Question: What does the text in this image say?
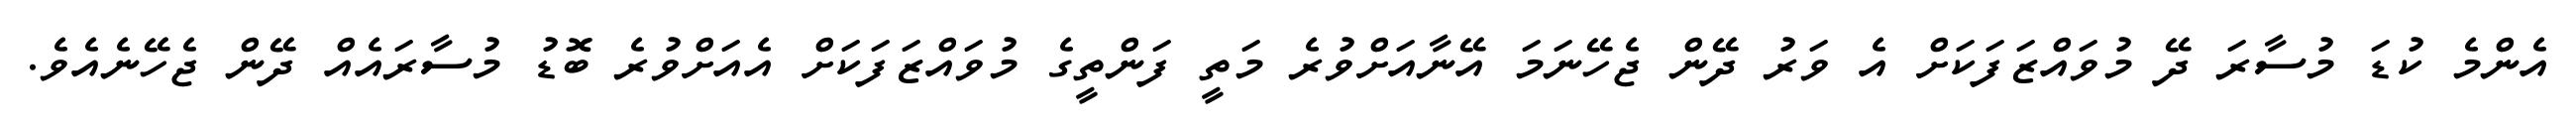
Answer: އެންމެ ކުޑަ މުސާރަ ދޭ މުވައްޒަފަކަށް އެ ވަރު ދޭން ޖެހޭނަމަ އޭނާއަށްވުރެ މަތީ ފަންތީގެ މުވައްޒަފަކަށް އެއަށްވުރެ ބޮޑު މުސާރައެއް ދޭން ޖެހޭނެއެވެ.